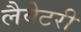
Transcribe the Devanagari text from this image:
लैवेटरी